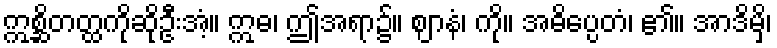
ဣစ္ဆိတတ္ထကိုဆိုဦးအံ့။ ဣဓ၊ ဤအရာ၌။ ဈာနံ၊ ကို။ အဓိပ္ပေတံ၊ ၏။ အာဒိမှိ၊